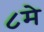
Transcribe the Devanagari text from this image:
८मे